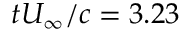
t U _ { \infty } / c = 3 . 2 3